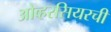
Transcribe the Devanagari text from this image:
ओव्हरसियरची